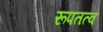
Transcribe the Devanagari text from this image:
रूपतत्व